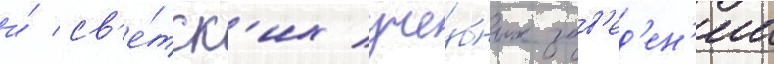
и́ св'е́тск'их уче́бных зав'ед'ен'ии